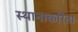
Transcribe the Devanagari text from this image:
स्थानाकरिता